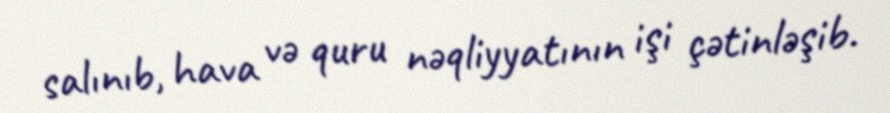
salınıb, hava və quru nəqliyyatının işi çətinləşib.